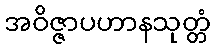
အဝိဇ္ဇာပဟာနသုတ္တံ